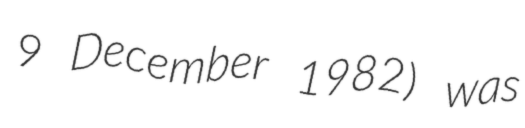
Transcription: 9 December 1982) was